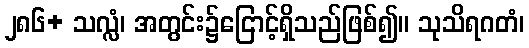
၂၈၆+ သလ္လံ၊ အတွင်း၌ငြောင့်ရှိသည်ဖြစ်၍။ သုသိရဂတံ၊